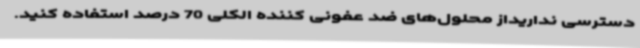
دسترسی نداریداز محلول‌های ضد عفونی کننده الکلی 70 درصد استفاده کنید.